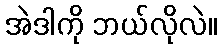
အဲဒါကို ဘယ်လိုလဲ။